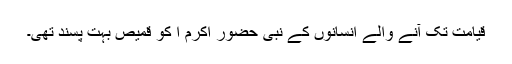
قیامت تک آنے والے انسانوں کے نبی حضور اکرم ا کو قمیص بہت پسند تھی۔